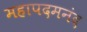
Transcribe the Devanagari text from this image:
महापदमनंद